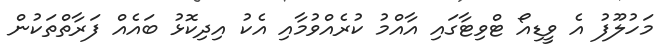
މަހުލޫފު އެ ވީޑިއޯ ޓްވިޓާގައި އާއްމު ކުރެއްވުމާއި އެކު އިދިކޮޅު ބައެއް ފަރާތްތަކުން